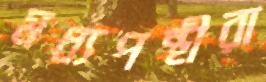
মধ্যপন্থীরা